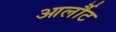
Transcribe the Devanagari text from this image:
आर्लौट